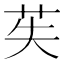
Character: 苵